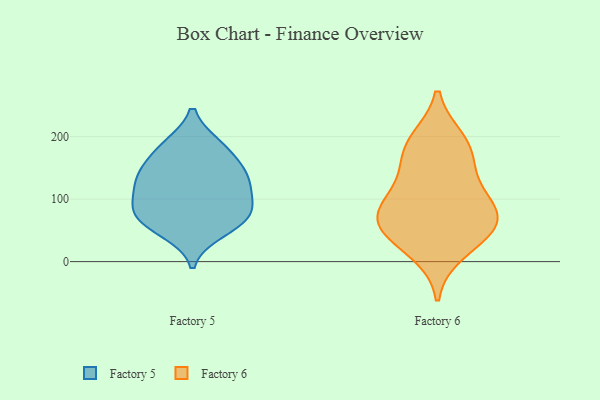
{"axis": {"x": "Shipments", "y": "Value"}, "legend": ["Factory 5", "Factory 6"], "data": [{"x": "", "y": 144, "type": "Factory 5"}, {"x": "", "y": 117, "type": "Factory 5"}, {"x": "", "y": 81, "type": "Factory 5"}, {"x": "", "y": 48, "type": "Factory 5"}, {"x": "", "y": 186, "type": "Factory 5"}, {"x": "", "y": 62, "type": "Factory 5"}, {"x": "", "y": 129, "type": "Factory 5"}, {"x": "", "y": 78, "type": "Factory 5"}, {"x": "", "y": 158, "type": "Factory 5"}, {"x": "", "y": 186, "type": "Factory 5"}, {"x": "", "y": 132, "type": "Factory 5"}, {"x": "", "y": 98, "type": "Factory 5"}, {"x": "", "y": 70, "type": "Factory 5"}, {"x": "", "y": 62, "type": "Factory 6"}, {"x": "", "y": 87, "type": "Factory 6"}, {"x": "", "y": 50, "type": "Factory 6"}, {"x": "", "y": 16, "type": "Factory 6"}, {"x": "", "y": 164, "type": "Factory 6"}, {"x": "", "y": 53, "type": "Factory 6"}, {"x": "", "y": 186, "type": "Factory 6"}, {"x": "", "y": 194, "type": "Factory 6"}, {"x": "", "y": 69, "type": "Factory 6"}, {"x": "", "y": 128, "type": "Factory 6"}, {"x": "", "y": 98, "type": "Factory 6"}]}